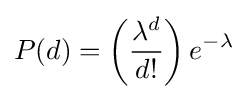
P(d)=\left({\frac {\lambda ^{d}}{d!}}\right)e^{-\lambda }